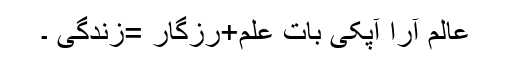
عالم آرا آپکی بات علم+رزگار =زندگی ۔